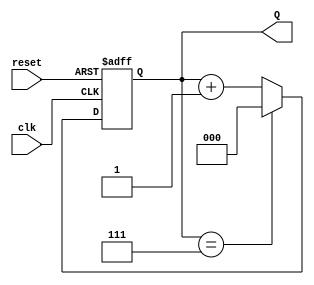
module binary_up_counter #(
    parameter N = 3  // Number of bits for the counter (default is 3 for counting from 0 to 7)
)(
    input wire clk,      // Clock input
    input wire reset,    // Asynchronous reset input
    output reg [N-1:0] Q // Counter output
);

    // Always block triggered on the rising edge of the clock or the reset signal
    always @(posedge clk or posedge reset) begin
        if (reset) begin
            Q <= 0; // Reset the counter to 0
        end else begin
            Q <= (Q == {N{1'b1}}) ? 0 : Q + 1; // Increment the counter or wrap around
        end
    end

endmodule